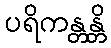
ပရိကန္တန္တိ